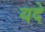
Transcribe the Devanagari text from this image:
यदे